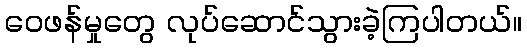
ဝေဖန်မှုတွေ လုပ်ဆောင်သွားခဲ့ကြပါတယ်။